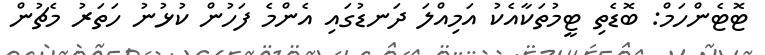
ޓޮޓެންހަމް: ބޮޑެތި ޓީމުތަކާއެކު އަމިއްލަ ދަނޑުގައި އެންމެ ފަހުން ކުޅުނު ހަތަރު މެޗުން